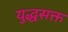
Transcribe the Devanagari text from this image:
युद्धसक्त